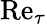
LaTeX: \mathrm{Re}_{\tau}